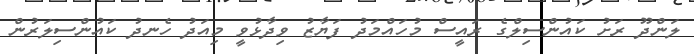
ލަންދޫ ރަށު ކައުންސިލްގެ ރައީސް މުހައްމަދު ފަޔާޒު ވިދާޅުވީ މިއަދު ހެނދު ކައުންސިލަރުން